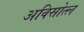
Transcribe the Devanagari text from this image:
अविसोत्ल